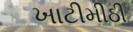
ખાટીમીઠી